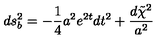
d s _ { b } ^ { 2 } = - \frac { 1 } { 4 } a ^ { 2 } e ^ { 2 t } d t ^ { 2 } + \frac { d \tilde { \chi } ^ { 2 } } { a ^ { 2 } }